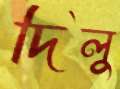
দিলু